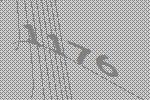
1176